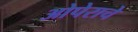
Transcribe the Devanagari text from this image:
ओपेराचे